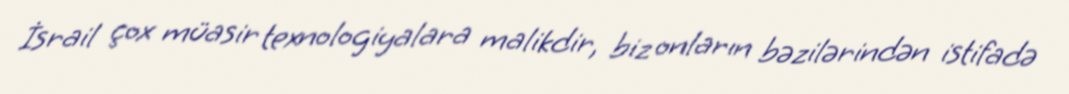
İsrail çox müasir texnologiyalara malikdir, biz onların bəzilərindən istifadə